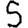
Digit: 5